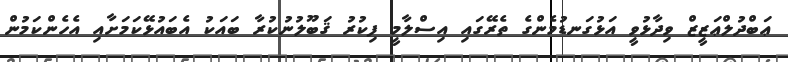
ޢަބްދުލްޢަޒީޒް ވިދާޅުވީ އަޅުގަނޑުމެންގެ ތެރޭގައި އިސްލާމީ ފިކުރު ޤަބޫލުނުކުރާ ބައަކު އެބައުޅޭކަމަށާއި އެހެންކަމުން